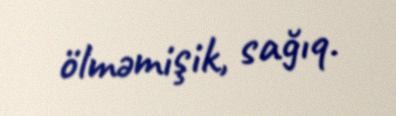
ölməmişik, sağıq.